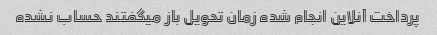
پرداخت آنلاین انجام شده زمان تحویل باز میگفتند حساب نشده